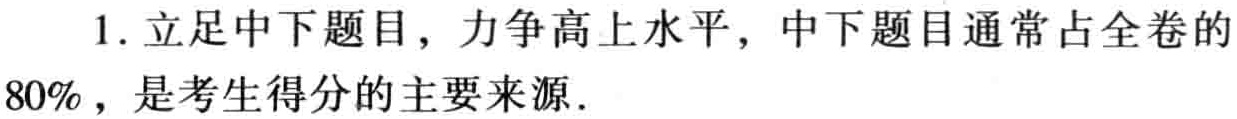
1. 立足中下题目，力争高上水平，中下题目通常占全卷的

80%，是考生得分的主要来源.